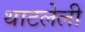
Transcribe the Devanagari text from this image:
थाटलेली